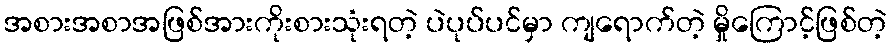
အစားအစာအဖြစ်အားကိုးစားသုံးရတဲ့ ပဲပုပ်ပင်မှာ ကျရောက်တဲ့ မှိုကြောင့်ဖြစ်တဲ့